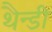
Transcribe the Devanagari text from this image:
थैन्डी